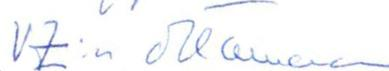
VZ:n ottamaan